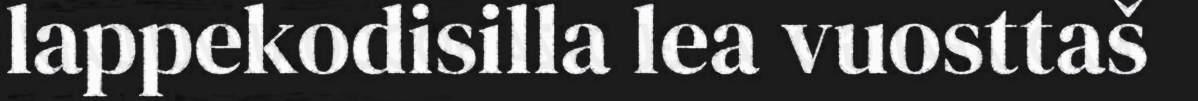
lappekodisilla lea vuosttaš